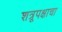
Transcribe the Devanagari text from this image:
शत्रूपक्षाचा